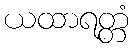
ယထာရတ္တံ